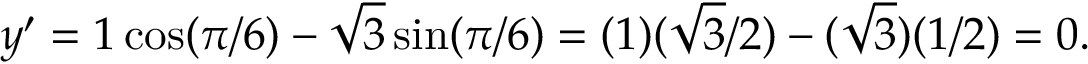
y ^ { \prime } = 1 \cos ( \pi / 6 ) - { \sqrt { 3 } } \sin ( \pi / 6 ) = ( 1 ) ( { \sqrt { 3 } } / 2 ) - ( { \sqrt { 3 } } ) ( 1 / 2 ) = 0 .